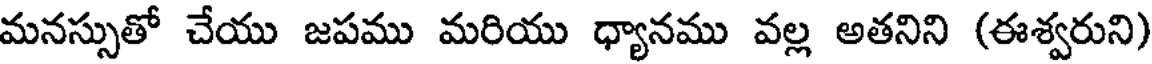
మనస్సుతో చేయు జపము మరియు ధ్యానము వల్ల అతనిని (ఈశ్వరుని)